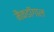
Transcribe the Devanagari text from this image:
मैकडॉगाल